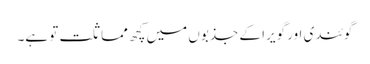
گوئندی اور گویرا کے جذبوں میں کچھ مماثلت تو ہے۔